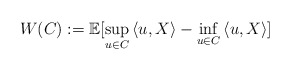
\begin{align*}W(C):=\mathbb{E}[\sup_{u\in C}\left<u,X\right>-\inf_{u\in C}\left<u,X\right>]\end{align*}